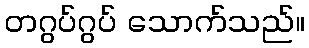
တဂွပ်ဂွပ် သောက်သည်။